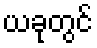
ယခုတွင်